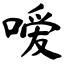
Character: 嗳